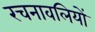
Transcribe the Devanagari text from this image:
रचनावलियों